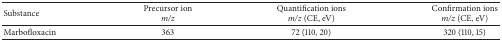
| Substance | Precursor ionm/z | Quantification ionsm/z (CE, eV) | Confirmation ionsm/z (CE, eV) |
 | --- | --- | --- | --- |
 | Marbofloxacin | 363 | 72 (110, 20) | 320 (110, 15) |